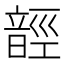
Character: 䪫